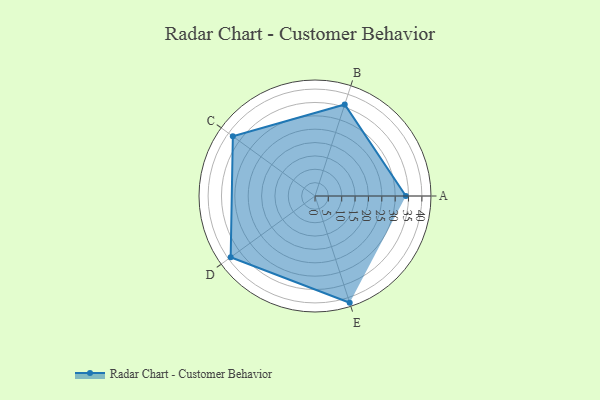
{"axis": {"x": "Skill", "y": "Score"}, "legend": ["Profile"], "data": [{"x": "A", "y": 34.0, "type": "Profile"}, {"x": "B", "y": 36.0, "type": "Profile"}, {"x": "C", "y": 38.0, "type": "Profile"}, {"x": "D", "y": 39.0, "type": "Profile"}, {"x": "E", "y": 42.0, "type": "Profile"}]}